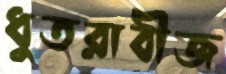
ধুতরাবীজ